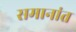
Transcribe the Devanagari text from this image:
समानांत